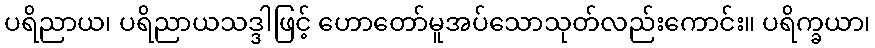
ပရိညာယ၊ ပရိညာယသဒ္ဒါဖြင့် ဟောတော်မူအပ်သောသုတ်လည်းကောင်း။ ပရိက္ခယာ၊